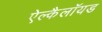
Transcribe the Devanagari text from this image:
ऐल्कैलॉयड